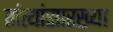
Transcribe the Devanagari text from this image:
तांत्यांसारख्या